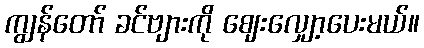
ကျွန်တော် ခင်ဗျားကို ဈေးလျှော့ပေးမယ်။